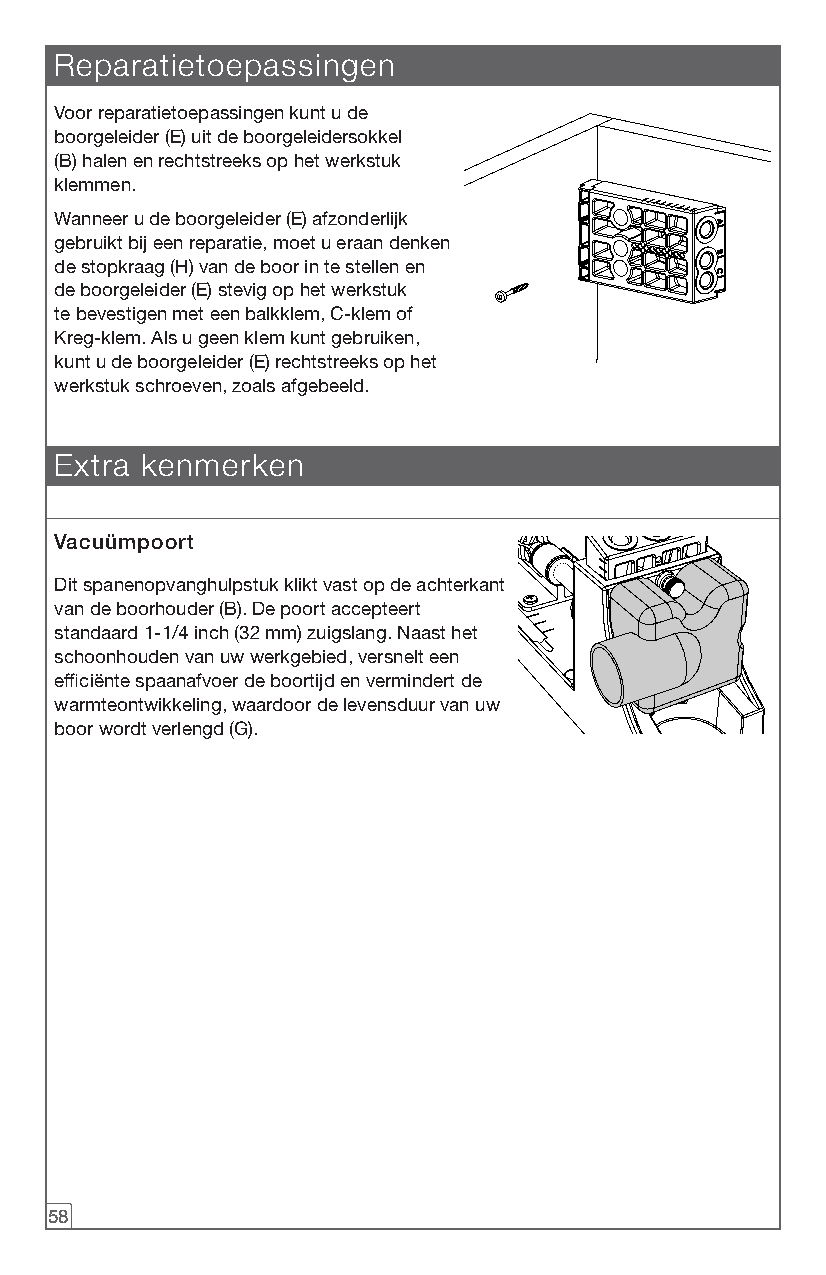
Reparatietoepassingen
 Voor reparatietoepassingen kunt u de
 boorgeleider (E) uit de boorgeleidersokkel
 (B) halen en rechtstreeks op het werkstuk
 klemmen.
 Wanneer u de boorgeleider (E) afzonderlijk
 gebruikt bij een reparatie, moet u eraan denken
 de stopkraag (H) van de boor in te stellen en
 de boorgeleider (E) stevig op het werkstuk
 te bevestigen met een balkklem, C-klem of
 Kreg-klem. Als u geen klem kunt gebruiken,
 kunt u de boorgeleider (E) rechtstreeks op het
 werkstuk schroeven, zoals afgebeeld.
 Extra kenmerken
 Vacuümpoort
 Dit spanenopvanghulpstuk klikt vast op de achterkant
 van de boorhouder (B). De poort accepteert
 standaard 1-1/4 inch (32 mm) zuigslang. Naast het
 schoonhouden van uw werkgebied, versnelt een
 efficiënte spaanafvoer de boortijd en vermindert de
 warmteontwikkeling, waardoor de levensduur van uw
 boor wordt verlengd (G).
 58